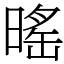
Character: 暚